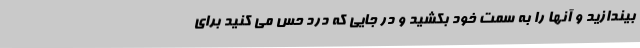
بیندازید و آنها را به سمت خود بکشید و در جایی که درد حس می کنید برای